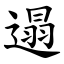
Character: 遢